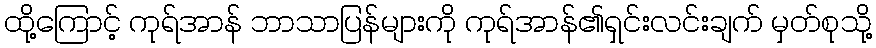
ထို့ကြောင့် ကုရ်အာန် ဘာသာပြန်များကို ကုရ်အာန်၏ရှင်းလင်းချက် မှတ်စုသို့